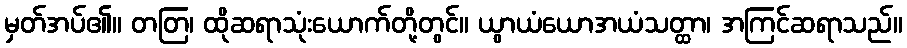
မှတ်အပ်၏။ တတြ၊ ထိုဆရာသုံးယောက်တို့တွင်။ ယွာယံယောအယံသတ္ထာ၊ အကြင်ဆရာသည်။